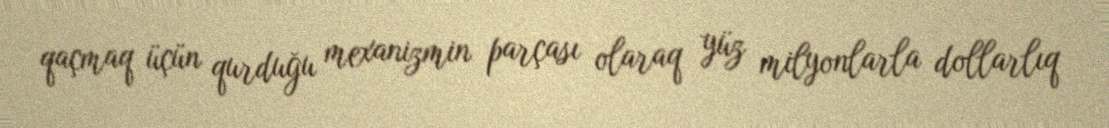
qaçmaq üçün qurduğu mexanizmin parçası olaraq yüz milyonlarla dollarlıq